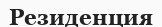
Резиденция